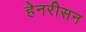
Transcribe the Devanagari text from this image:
हेनरीसन